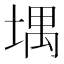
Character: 堣